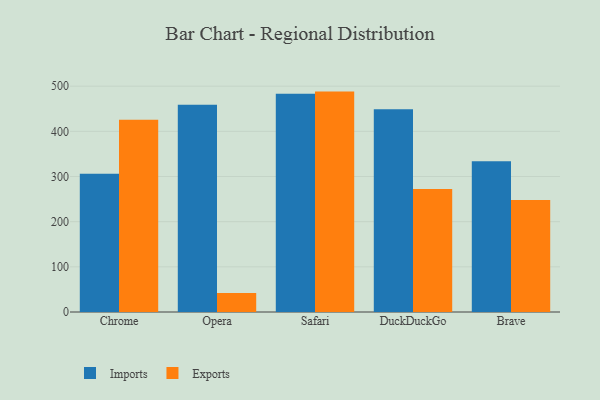
{"axis": {"x": "Browser", "y": "Energy Usage (MWh)"}, "legend": ["Exports", "Imports"], "data": [{"x": "Chrome", "y": 305.9, "type": "Imports"}, {"x": "Chrome", "y": 425.7, "type": "Exports"}, {"x": "Opera", "y": 458.8, "type": "Imports"}, {"x": "Opera", "y": 42.2, "type": "Exports"}, {"x": "Safari", "y": 483.5, "type": "Imports"}, {"x": "Safari", "y": 488.0, "type": "Exports"}, {"x": "DuckDuckGo", "y": 448.9, "type": "Imports"}, {"x": "DuckDuckGo", "y": 272.6, "type": "Exports"}, {"x": "Brave", "y": 333.7, "type": "Imports"}, {"x": "Brave", "y": 247.9, "type": "Exports"}]}